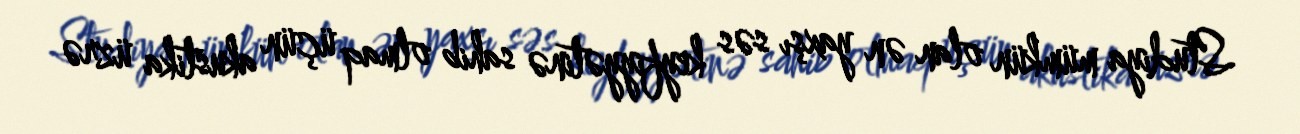
Studiya mümkün olan ən yaxşı səs keyfiyyətinə sahib olmaq üçün akustika üzrə